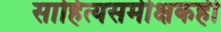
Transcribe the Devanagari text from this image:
साहित्यसमीक्षकही